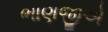
ભાણજીએ